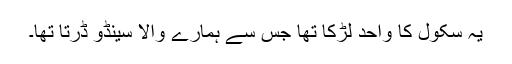
یہ سکول کا واحد لڑکا تھا جس سے ہمارے والا سینڈو ڈرتا تھا۔